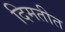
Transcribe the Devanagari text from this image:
दिमतीत